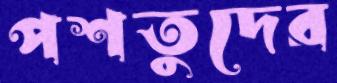
পশতুদের